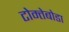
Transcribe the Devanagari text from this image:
टोम्तेबोडा